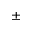
\pm